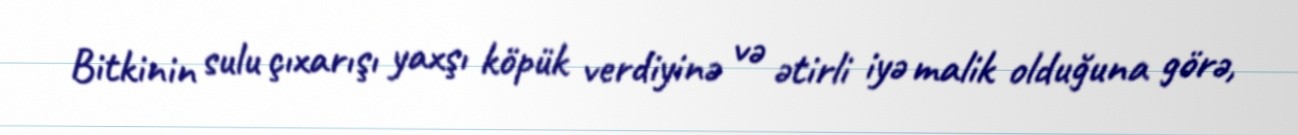
Bitkinin sulu çıxarışı yaxşı köpük verdiyinə və ətirli iyə malik olduğuna görə,